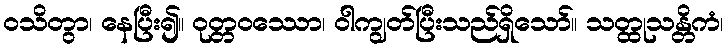
ဝသိတွာ၊ နေပြီး၍။ ဝုတ္တဝဿော၊ ဝါကျွတ်ပြီးသည်ရှိသော်။ သတ္ထုသန္တိကံ၊